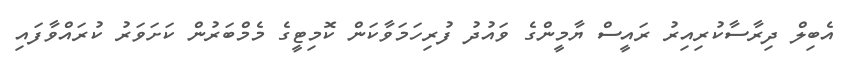
އެބިލް ދިރާސާކުރިއިރު ރައީސް ޔާމީންގެ ވައުދު ފުރިހަމަވާކަން ކޮމިޓީގެ މެމްބަރުން ކަށަވަރު ކުރައްވާފައި